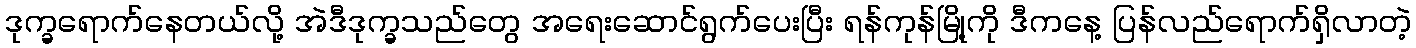
ဒုက္ခရောက်နေတယ်လို့ အဲဒီဒုက္ခသည်တွေ အရေးဆောင်ရွက်ပေးပြီး ရန်ကုန်မြို့ကို ဒီကနေ့ ပြန်လည်ရောက်ရှိလာတဲ့